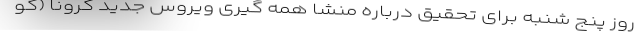
روز پنج شنبه برای تحقیق درباره منشا همه گیری ویروس جدید کرونا (کو